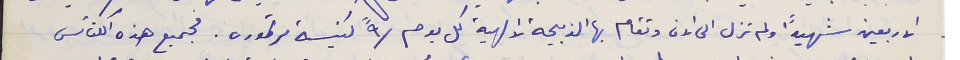
الاربعين شهيداً ولم تزل الى الان وتقام بها الذبيجة الالهية كل يوم /٩" كنيسة مرتموره. فجميع هذه الكنائس